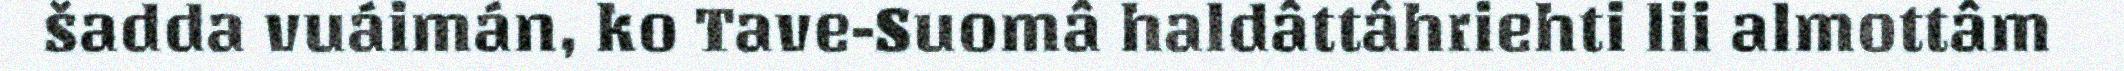
šadda vuáimán, ko Tave-Suomâ haldâttâhriehti lii almottâm